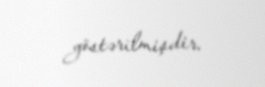
göstərilmişdir.